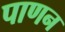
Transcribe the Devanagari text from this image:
पाणन